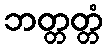
ဘတ္တတ္တံ